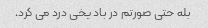
بله حتی صورتم در باد یخی درد می کرد.